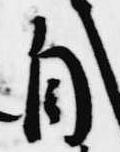
自